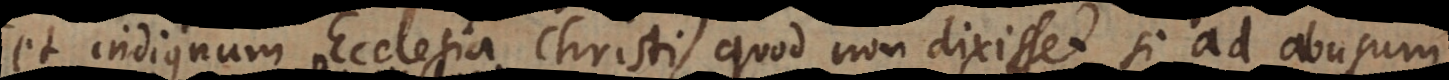
indignum Ecclesia Christi), quod non dixisset, si ad abusum